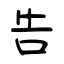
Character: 告